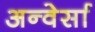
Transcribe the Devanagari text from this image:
अन्वेर्सा